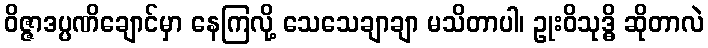
ဝိဇ္ဇာဒပ္ပဏိချောင်မှာ နေကြလို့ သေသေချာချာ မသိတာပါ၊ ဥုးဝိသုဒ္ဓိ ဆိုတာလဲ